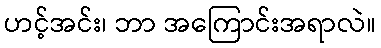
ဟင့်အင်း၊ ဘာ အကြောင်းအရာလဲ။